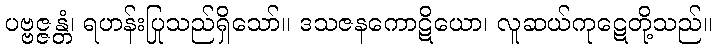
ပဗ္ဗဇ္ဇန္တံ၊ ရဟန်းပြုသည်ရှိသော်။ ဒသဇနကောဋိယော၊ လူဆယ်ကုဋေတို့သည်။